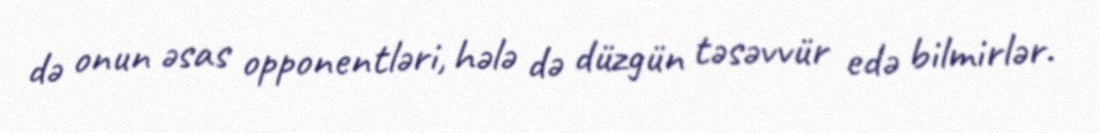
də onun əsas opponentləri, hələ də düzgün təsəvvür edə bilmirlər.